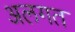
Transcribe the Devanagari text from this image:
अलगत